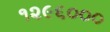
૧૨૯૬૦૦૦